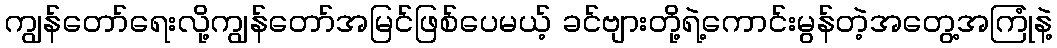
ကျွန်တော်ရေးလို့ကျွန်တော်အမြင်ဖြစ်ပေမယ့် ခင်ဗျားတို့ရဲ့ကောင်းမွန်တဲ့အတွေ့အကြုံနဲ့